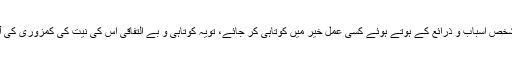
(۱) اگر کوئی شخص اسباب و ذرائع کے ہوتے ہوئے کسی عملِ خیر میں کوتاہی کر جائے، تویہ کوتاہی و بے التفاقی اس کی نیت کی کمزوری کی آئینہ دار ہو گی۔